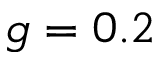
g = 0 . 2